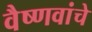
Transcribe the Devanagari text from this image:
वैष्णवांचे